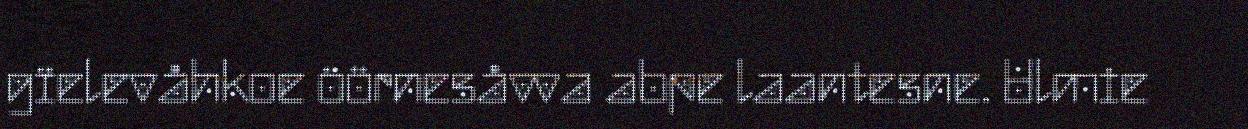
gïelevåhkoe öörnesåvva abpe laantesne. Ulmie